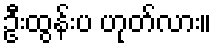
ဦးထွန်းပ ဟုတ်လား။